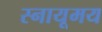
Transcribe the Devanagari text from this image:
स्नायूमय